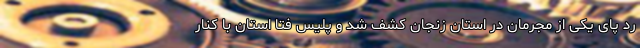
رد پای یکی از مجرمان در استان زنجان کشف شد و پلیس فتا استان با کنار